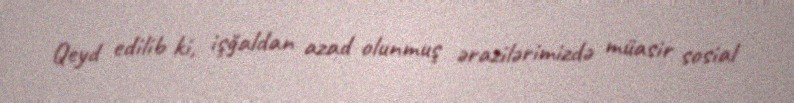
Qeyd edilib ki, işğaldan azad olunmuş ərazilərimizdə müasir sosial